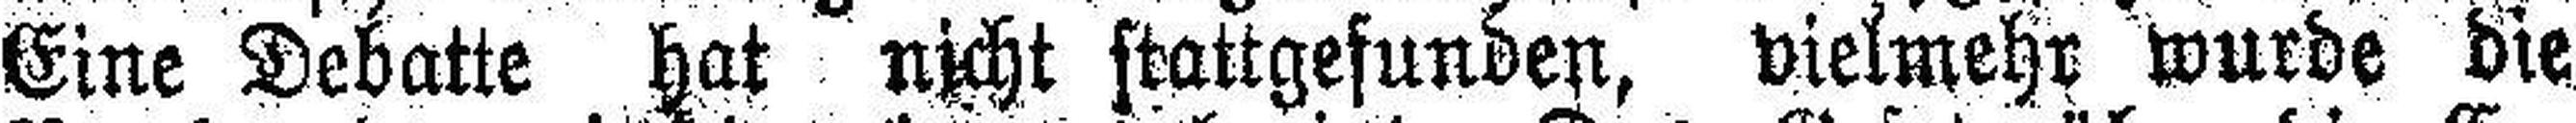
Eine Debatte hat nicht stattgefunden, vielmehr wurde die